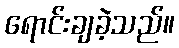
ရောင်းချခဲ့သည်။